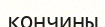
кончины